Insane asylums in Bengal annual reports 1876-1887 - 1876-1887
Year: 1876
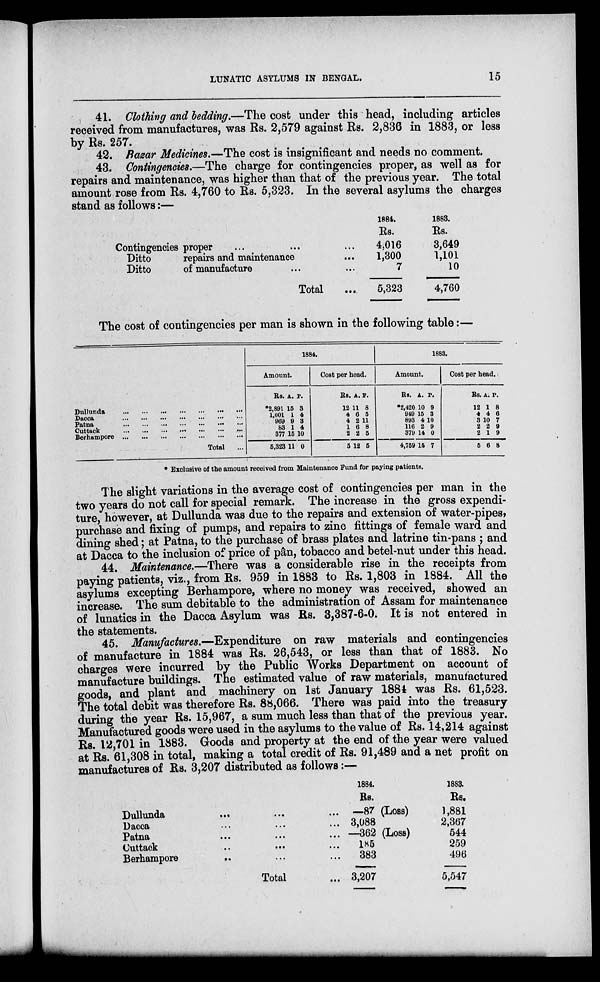
LUNATIC ASYLUMS IN BENGAL.
15
41. Clothing and bedding.—The cost under this head, including articles
received from manufactures, was Rs. 2,579 against Rs. 2,836 in 1883, or less
by Rs. 257.
42. Bazar Medicines.—The cost is insignificant and needs no comment.
43. Contingencies.—The charge for contingencies proper, as well as for
repairs and maintenance, was higher than that of the previous year. The total
amount rose from Rs. 4,760 to Rs. 5,323. In the several asylums the charges
stand as follows:—
Contingencies proper ... ... ...
Ditto
repairs and maintenance ...
Ditto
of manufacture ... ...
Total ...
1884.
Rs.
4,016
1,300
7
5,323
1883.
Rs.
3,649
1,101
10
4,760
The cost of contingencies per man is shown in the following table:—
Dullunda ... ... ... ... ... ... ...
Dacca ... ... ... ... ... ... ...
Patna ... ... ... ... ... ... ...
Cuttack ... ... ... ... ... ... ...
Berhampore ... ... ... ... ... ... ...
Total ...
1884.
Amount.
Rs.
*2,891
1,001
969
83
377
5,323
A.
15
1
9
1
15
11
P.
3
4
3
4
10
0
Cost per head.
Rs.
12
4
4
1
2
5
A.
11
6
2
6
2
12
P.
8
5
11
8
5
5
1883.
Amount.
Rs.
*2,420
919
893
116
379
4,759
A.
10
15
4
2
14
15
P.
9
3
10
9
0
7
Cost per head.
Rs.
12
4
3
2
2
5
A.
1
4
10
2
1
6
P.
8
6
7
9
9
8
* Exclusive of the amount received from Maintenance Fund for paying patients.
The slight variations in the average cost of contingencies per man in the
two years do not call for special remark. The increase in the gross expendi-
ture however, at Dullunda was due to the repairs and extension of water-pipes,
purchase and fixing of pumps, and repairs to zinc fittings of female ward and
dining shed; at Patna, to the purchase of brass plates and latrine tin-pans ; and
at Dacca to the inclusion of price of pân, tobacco and betel-nut under this head.
44 Maintenance.—There was a considerable rise in the receipts from
paying patients, viz., from Rs. 959 in 1883 to Rs. 1,803 in 1884. All the
asylums excepting Berhampore, where no money was received, showed an
increase The sum debitable to the administration of Assam for maintenance
of lunatics in the Dacca Asylum was Rs. 3,387-6-0. It is not entered in
the statements.
.
45 Manufactures.—Expenditure on raw materials and contingencies
of manufacture in 1884 was Rs. 26,543, or less than that of 1883. No
charges were incurred by the Public Works Department on account of
manufacture buildings. The estimated value of raw materials, manufactured
goods and plant and machinery on 1st January 1884 was Rs. 61,523.
The total debit was therefore Rs. 88,066. There was paid into the treasury
during the year Rs. 15,967, a sum much less than that of the previous year.
Manufactured goods were used in the asylums to the value of Rs. 14,214 against
Rs 12,701 in 1883. Goods and property at the end of the year were valued
at Rs. 61,308 in total, making a total credit of Rs. 91,489 and a net profit on
manufactures of Rs. 3,207 distributed as follows:—
Dullunda ... ... ...
Dacca ... ... ...
Patna ... ... ...
Cuttack ... ... ...
Berhampore ... ... ...
Total ...
1884.
Rs.
—87 (Loss)
3,088
—362
(Loss)
185
383
3,207
1883.
Rs.
1,881
2,367
544
259
496
5,547